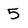
Character: 5